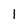
Character: l